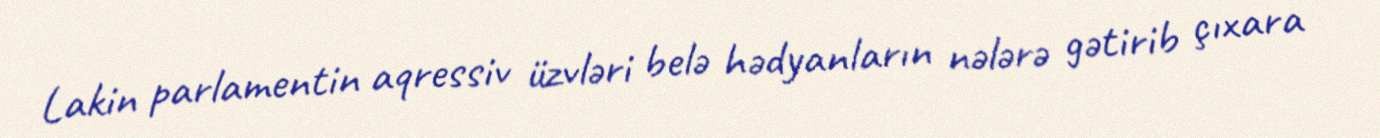
Lakin parlamentin aqressiv üzvləri belə hədyanların nələrə gətirib çıxara